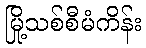
မြို့သစ်စီမံကိန်း